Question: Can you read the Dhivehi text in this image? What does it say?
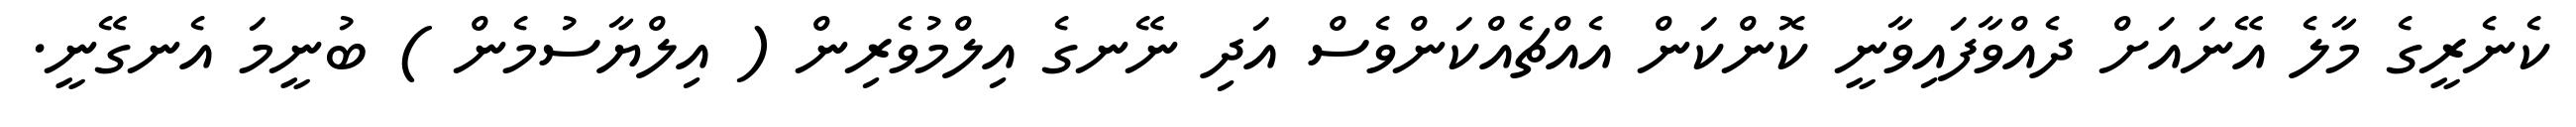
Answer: ކެނެރީގެ މާލެ އޭނައަށް ދެއްވާފައިވާނީ ކޮންކަން އެއްޗެއްކަންވެސް އަދި ނޭނގެ އިލްމުވެރިން ( އިލްޔާސުމެން ) ބުނީމަ އެނގޭނީ.